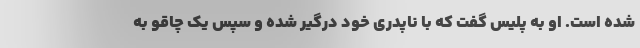
شده است. او به پلیس گفت که با ناپدری خود درگیر شده و سپس یک چاقو به